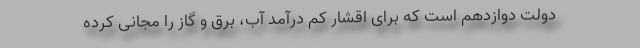
دولت دوازدهم است که برای اقشار کم درآمد آب، برق و گاز را مجانی کرده